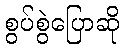
စွပ်စွဲပြောဆို